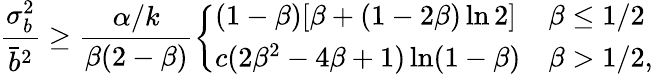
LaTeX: \frac{\sigma_{b}^{2}}{\bar{b}^{2}}\ge\frac{\alpha/k}{\beta(2-\beta)}\left\{ \begin{array}{ll}{(1-\beta)[\beta+(1-2\beta)\ln 2]}&{\beta\le 1/2}\\ {c(2\beta^{2}-4\beta+1)\ln(1-\beta)}&{\beta>1/2,}\end{array}\right.